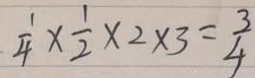
\frac { 1 } { 4 } \times \frac { 1 } { 2 } \times 2 \times 3 = \frac { 3 } { 4 }